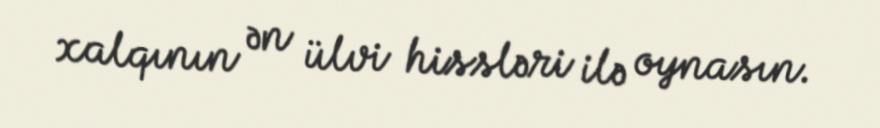
xalqının ən ülvi hissləri ilə oynasın.